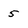
Character: 5